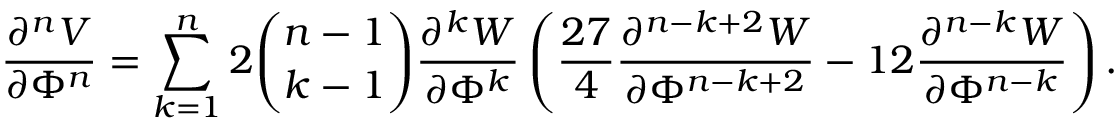
\frac { \partial ^ { n } V } { \partial \Phi ^ { n } } = \sum _ { k = 1 } ^ { n } 2 { \binom { n - 1 } { k - 1 } } \frac { \partial ^ { k } W } { \partial \Phi ^ { k } } \left( \frac { 2 7 } { 4 } \frac { \partial ^ { n - k + 2 } W } { \partial \Phi ^ { n - k + 2 } } - 1 2 \frac { \partial ^ { n - k } W } { \partial \Phi ^ { n - k } } \right) .